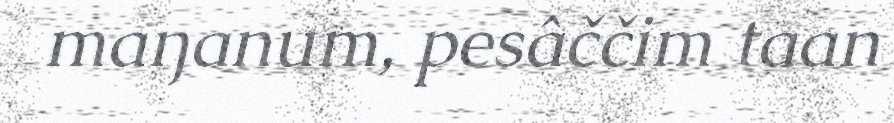
maŋanum, pesâččim taan